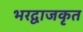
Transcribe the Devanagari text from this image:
भरद्वाजकृत